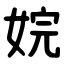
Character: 㛡